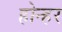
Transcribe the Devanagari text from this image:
होन्हर